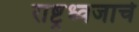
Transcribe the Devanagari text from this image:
राष्ट्रध्वजाचे